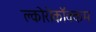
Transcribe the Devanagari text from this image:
क्लोरोकॉक्कम